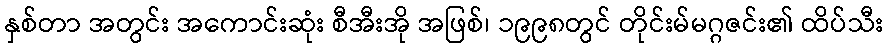
နှစ်တာ အတွင်း အကောင်းဆုံး စီအီးအို အဖြစ်၊ ၁၉၉၈တွင် တိုင်းမ်မဂ္ဂဇင်း၏ ထိပ်သီး